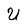
Character: U